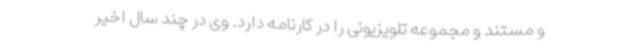
و مستند و مجموعه تلویزیونی را در کارنامه دارد. وی در چند سال اخیر